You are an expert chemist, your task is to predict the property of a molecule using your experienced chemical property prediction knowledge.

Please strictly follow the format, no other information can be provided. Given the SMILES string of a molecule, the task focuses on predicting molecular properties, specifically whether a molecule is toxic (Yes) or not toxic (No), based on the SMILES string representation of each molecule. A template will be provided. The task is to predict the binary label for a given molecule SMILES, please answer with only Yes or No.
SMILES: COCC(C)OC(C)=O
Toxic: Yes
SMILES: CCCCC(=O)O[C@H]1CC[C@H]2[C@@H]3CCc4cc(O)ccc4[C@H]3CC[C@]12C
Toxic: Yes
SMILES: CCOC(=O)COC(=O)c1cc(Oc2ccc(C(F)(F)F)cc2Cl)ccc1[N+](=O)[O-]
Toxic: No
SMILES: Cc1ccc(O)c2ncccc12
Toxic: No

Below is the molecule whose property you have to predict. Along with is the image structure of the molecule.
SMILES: CC(C)(CO)C(O)C(=O)NCCCO
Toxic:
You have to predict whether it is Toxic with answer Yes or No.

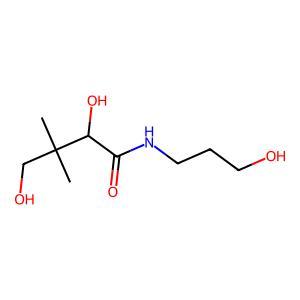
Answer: No